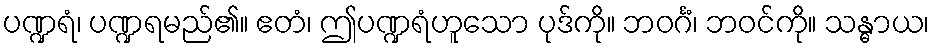
ပဏ္ဍရံ၊ ပဏ္ဍရမည်၏။ ဧတံ၊ ဤပဏ္ဍရံဟူသော ပုဒ်ကို။ ဘဝင်္ဂံ၊ ဘဝင်ကို။ သန္ဓာယ၊